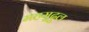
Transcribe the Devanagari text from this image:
महमूदुल